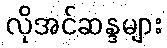
လိုအင်ဆန္ဒများ